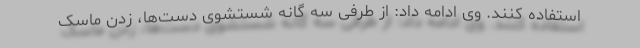
استفاده کنند. وی ادامه داد: از طرفی سه گانه شستشوی دست‌ها، زدن ماسک